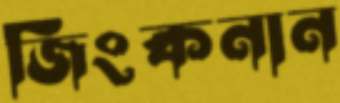
জিংকনান